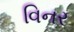
વિનર